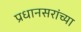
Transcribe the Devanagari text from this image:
प्रधानसरांच्या